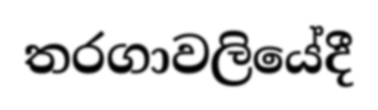
තරගාවලියේදී